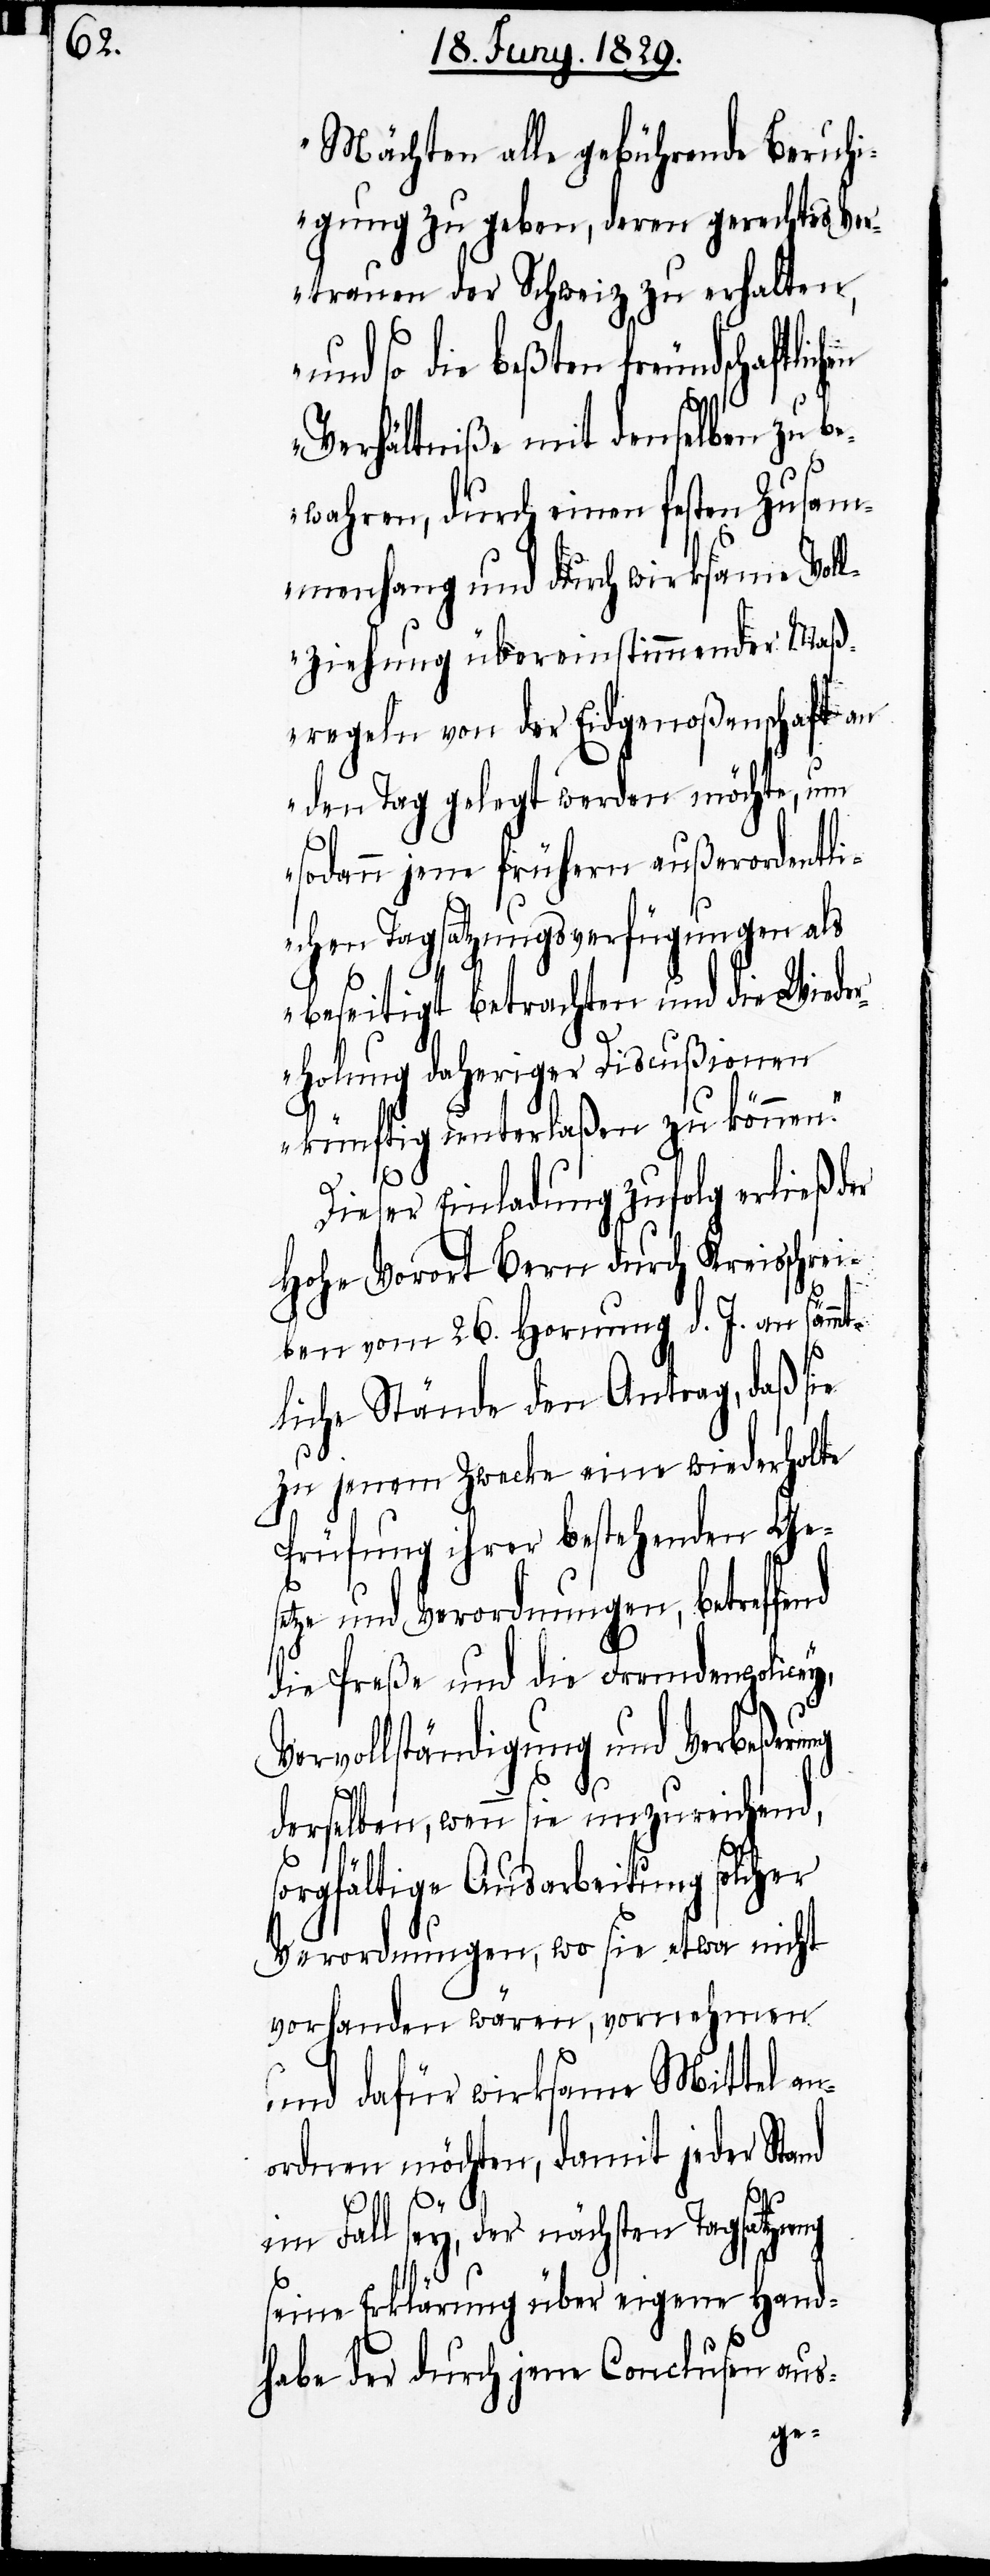
Mächten alle gebührenden Beruhi¬
gungen zu geben, deren gerechtes Ver¬
trauen der Schweiz zu erhalten,
und so die beßten freundschaftlic¬
Verhältniße mit denselben zu be¬
wahren, durch einen festen Zusam¬
menhang und durch wirksame Vol¬
lziehung übereinstimmender Maß¬
regeln von der Eidgenoßenschaft an
den Tag gelegt werden möchte, um
sodann jene frühern außerordentli¬
chen Tagsatzungsverfügungen als
beseitigt betrachten und die Wieder¬
holung daheriger Discußionen
künftig unterlaßen zu können.“
Dieser Einladung zufolg erließ der
Hohe Vorort Bern durch Kreisschrei¬
ben vom 26. Hornung d. J. an sämmt¬
liche Stände den Antrag, daß sie
zu jenem Zwecke eine wiederholte
Prüfung ihrer bestehenden Ge¬
se¬
tze und Verordnungen, betreffend
die Preße und die Fremdenpolicey,
Vervollständigung und Verbeßer¬
ung
derselben, wenn sie unzureichend,
sorgfältige Ausarbeitung solcher
Verordnungen, wo sie etwa nicht
vorhanden wären, vornehmen
und dafür wirksame Mittel an¬
ordnen möchten, damit jeder Stand
im Fall sey, der nächsten Tagsatzung
seine Erklärungen über eigene Hand¬
habe der durch jene Conclusen aus-